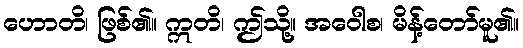
ဟောတိ၊ ဖြစ်၏။ ဣတိ၊ ဤသို့။ အဝေါစ၊ မိန့်တော်မူ၏။